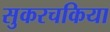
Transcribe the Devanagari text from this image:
सुकरचकिया